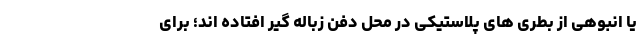
یا انبوهی از بطری های پلاستیکی در محل دفن زباله گیر افتاده اند؛ برای